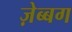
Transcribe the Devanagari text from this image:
ज़ेब्बग